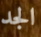
الجد